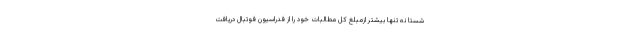
شستا نه تنها بیشتر ازمبلغ کل مطالبات خود را از فدراسیون فوتبال دریافت